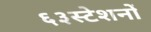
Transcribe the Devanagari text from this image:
६३स्टेशनों